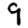
Digit: 9